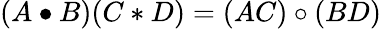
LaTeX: (A\bullet B)(C\ast D)=(AC)\circ(BD)